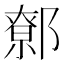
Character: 𨝷